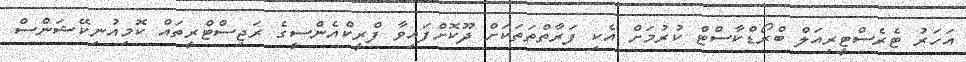
އަހަރު ޓެރެސްޓީރިއަލް ބްރޯޑްކާސްޓް ކުރުމަށް އެކި ފަރާތްތަތަކަށް ދޫކޮށްފައިވާ ފްރީކްއެންސީގެ ރަޖިސްޓްރީތައް ކޮމިއުނިކޭޝަންސް